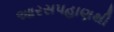
આરસપહાણથી